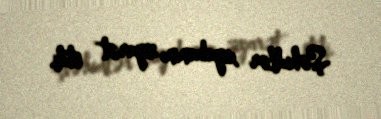
Şəhidlər xiyabanını ziyarət etdi.